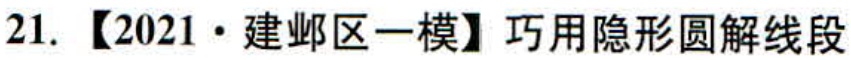
21. 【2021·建邺区一模】巧用隐形圆解线段